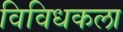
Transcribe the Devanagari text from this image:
विविधकला